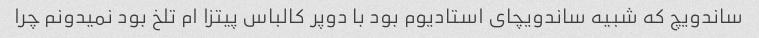
ساندویچ که شبیه ساندویچای استادیوم بود با دوپر کالباس پیتزا ام تلخ بود نمیدونم چرا